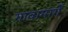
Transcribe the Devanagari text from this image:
गावामार्गे